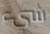
شيء